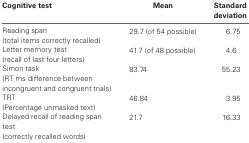
<table><thead><tr><td><b>Cognitive Test</b></td><td><b>Mean</b></td><td><b>Standard deviation</b></td></tr></thead><tbody><tr><td>Reading span(total items correctly recalled)</td><td>29.7 (of 54 possible)</td><td>6.75</td></tr><tr><td>Letter memory test(recall of last four letters)</td><td>41.7 (of 48 possible)</td><td>4.6</td></tr><tr><td>Simon task(RT ms difference between incongruent and congruent trials)</td><td>83.74</td><td>55.23</td></tr><tr><td>TRT(Percentage unmasked text)</td><td>46.84</td><td>3.95</td></tr><tr><td>Delayed recall of reading span test(correctly recalled words)</td><td>21.7</td><td>16.33</td></tr></tbody></table>